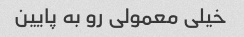
خیلی معمولی رو به پایین